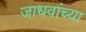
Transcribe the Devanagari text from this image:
जाधवांच्या